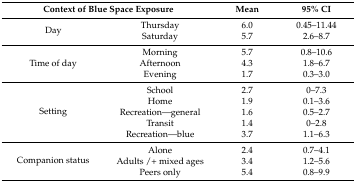
<table><thead><tr><td colspan="2"><b>Context of Blue Space Exposure</b></td><td><b>Mean</b></td><td><b>95% CI</b></td></tr></thead><tbody><tr><td rowspan="2">Day</td><td>Thursday</td><td>6.0</td><td>0.45–11.44</td></tr><tr><td>Saturday</td><td>5.7</td><td>2.6–8.7</td></tr><tr><td rowspan="3">Time of day</td><td>Morning</td><td>5.7</td><td>0.8–10.6</td></tr><tr><td>Afternoon</td><td>4.3</td><td>1.8–6.7</td></tr><tr><td>Evening</td><td>1.7</td><td>0.3–3.0</td></tr><tr><td rowspan="5">Setting</td><td>School</td><td>2.7</td><td>0–7.3</td></tr><tr><td>Home</td><td>1.9</td><td>0.1–3.6</td></tr><tr><td>Recreation—general</td><td>1.6</td><td>0.5–2.7</td></tr><tr><td>Transit</td><td>1.4</td><td>0–2.8</td></tr><tr><td>Recreation—blue</td><td>3.7</td><td>1.1–6.3</td></tr><tr><td rowspan="3">Companion status</td><td>Alone</td><td>2.4</td><td>0.7–4.1</td></tr><tr><td>Adults /+ mixed ages</td><td>3.4</td><td>1.2–5.6</td></tr><tr><td>Peers only</td><td>5.4</td><td>0.8–9.9</td></tr></tbody></table>